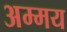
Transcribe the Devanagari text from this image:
अम्मय